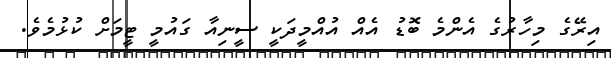
އިރޭގެ މިހާރުގެ އެންމެ ބޮޑު އެއް އުއްމީދަކީ ސީނިއާ ގައުމީ ޓީމަށް ކުޅުމެވެ.